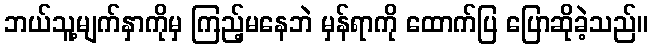
ဘယ်သူ့မျက်နှာကိုမှ ကြည့်မနေဘဲ မှန်ရာကို ထောက်ပြ ပြောဆိုခဲ့သည်။